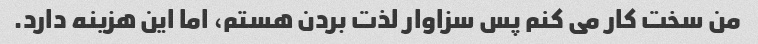
من سخت کار می کنم پس سزاوار لذت بردن هستم، اما این هزینه دارد.